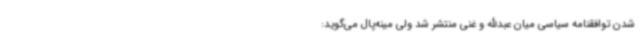
شدن توافقنامه سیاسی میان عبدالله و غنی منتشر شد ولی مینه‌پال می‌گوید: